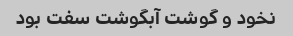
نخود و گوشت آبگوشت سفت بود